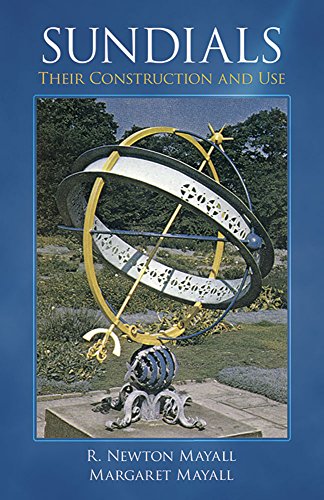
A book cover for Sundials: Their Construction and Use; R. Newton Mayall; Crafts, Hobbies & Home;